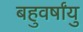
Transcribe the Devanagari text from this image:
बहुवर्षांयु